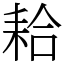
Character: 耠